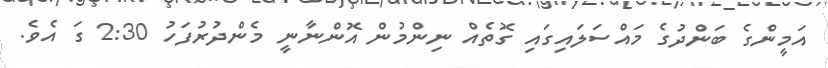
އަމީންގެ ބަންދުގެ މައްސަލައިގައި ގޮތެއް ނިންމުން އޮންނާނީ މެންދުރުފަހު 2:30 ގަ އެވެ.